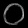
Digit: ၀